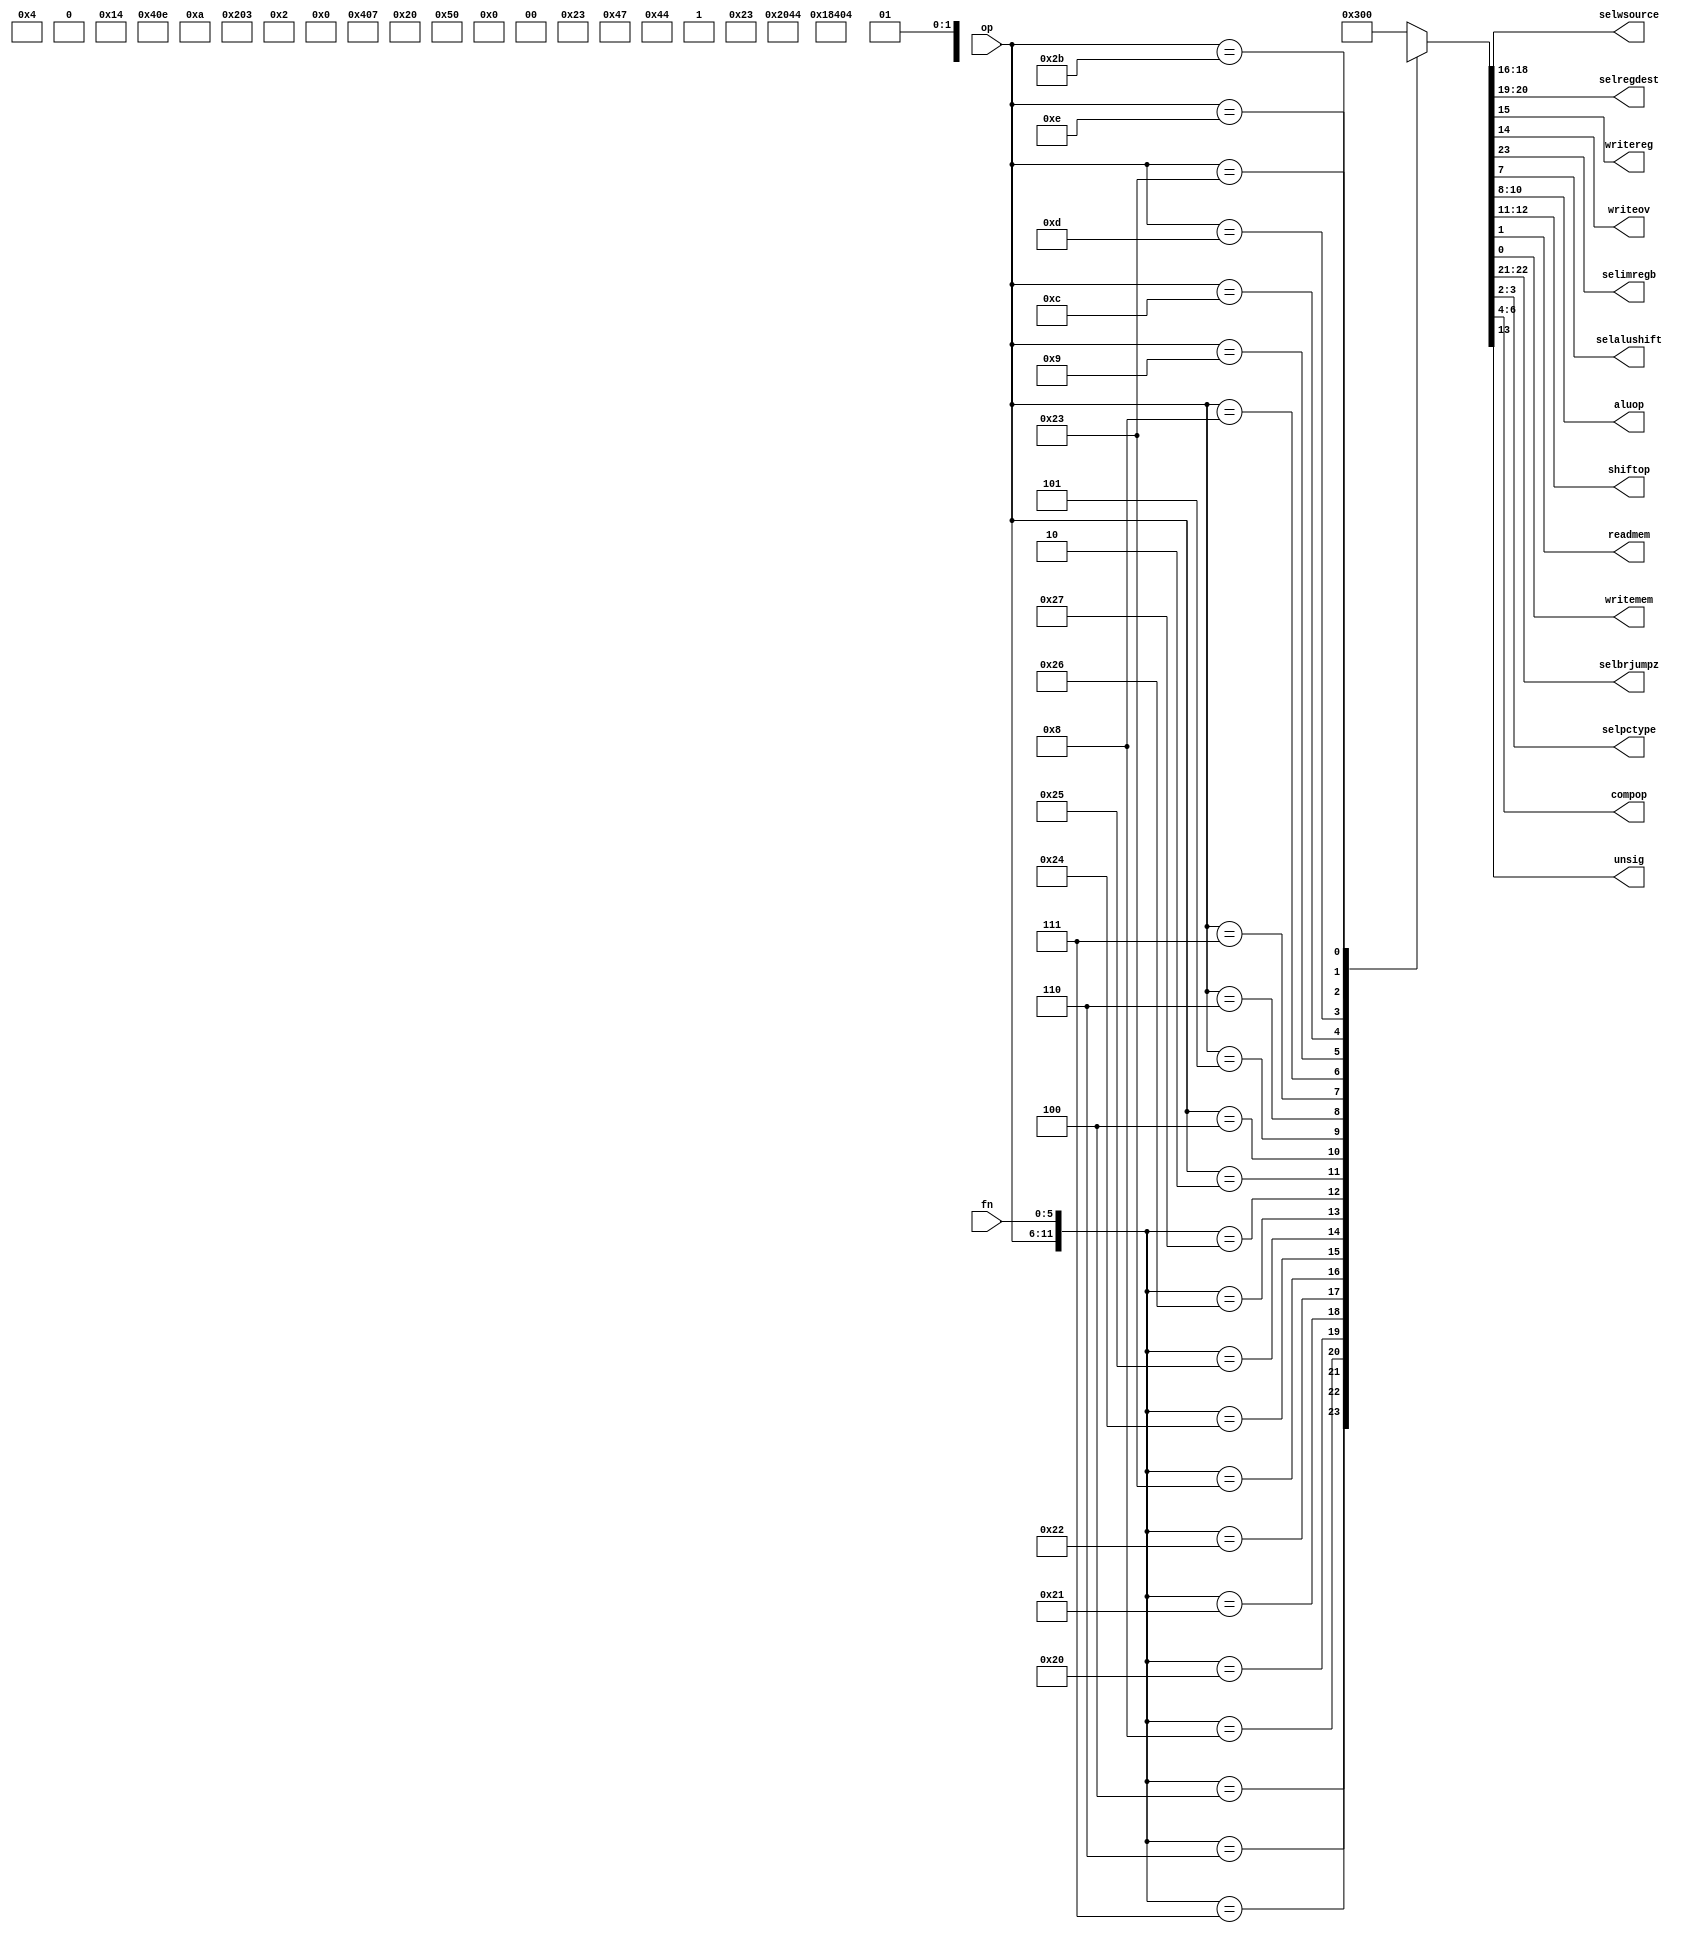
/**
*Organizao de Computadores II - UFMG 2014/1
*Grupo 4 - {Junio Cezar, Gabriel Miranda, Rafael Almeida, Leandro Noman, Pedro Thomas}
*MIPS Pipeline - Simplificado
*/

module Control (
	input   [5:0]  op,
	input   [5:0]  fn,
	output  [2:0]  selwsource,
	output  [1:0]  selregdest,
	output  writereg,
	output  writeov,
	output  selimregb,
	output  selalushift,
	output  [2:0]  aluop,
	output  [1:0]  shiftop,
	output  readmem,
	output  writemem,
	output  [1:0]  selbrjumpz,
	output  [1:0]  selpctype, //seltipopc
	output  [2:0]  compop,
	output  unsig
);
	
	//Registradores Auxiliares para concatenacao dos sinais
	reg [11:0] entrada;
	reg [23:0] saida;

	//Atrelacao dos sinais de saida
	assign	writemem = saida[0];
	assign	readmem = saida[1];
	assign	selpctype = saida[3:2];
	assign	compop = saida[6:4];
	assign	selalushift = saida[7];
	assign	aluop = saida[10:8];
	assign	shiftop = saida[12:11];
	assign	unsig = saida[13];
	assign	writeov = saida[14];
	assign	writereg = saida[15];
	assign	selwsource = saida[18:16];
	assign	selregdest = saida[20:19];
	assign	selbrjumpz = saida[22:21];
	assign	selimregb = saida[23];
 

	always@(op or fn) begin 

		
		entrada = {op,fn}; //Concatenacao dos valores de entrada

		casex(entrada)
			12'b000000000100 : saida = 24'b0000100011x10xxx1xxxxx00; //SLLV
			12'b000000000110 : saida = 24'b0000100011x00xxx1xxxxx00; //SRLV
			12'b000000000111 : saida = 24'b0000100011x01xxx1xxxxx00; //SRAV
			12'b000000001000 : saida = 24'bx01xxxxx0xxxxxxxxxxx0100; //JR
			12'b000000100000 : saida = 24'b00001000100xx0100xxxxx00; //ADD
			12'b000000100001 : saida = 24'b00001000111xx0100xxxxx00; //ADDU
			12'b000000100010 : saida = 24'b00001000100xx1100xxxxx00; //SUB
			12'b000000100011 : saida = 24'b00001000111xx1100xxxxx00; //SUBU
			12'b000000100100 : saida = 24'b0000100011xxx0000xxxxx00; //AND
			12'b000000100101 : saida = 24'b0000100011xxx0010xxxxx00; //OR
			12'b000000100110 : saida = 24'b0000100011xxx1010xxxxx00; //XOR
			12'b000000100111 : saida = 24'b0000100011xxx1000xxxxx00; //NOR
			12'b000010xxxxxx : saida = 24'bx01xxxxx0xxxxxxxxxxx1000; //J
			12'b000100xxxxxx : saida = 24'bx10xxxxx0x0xxxxxx0000000; //BEQ
			12'b000101xxxxxx : saida = 24'bx10xxxxx0x0xxxxxx1010000; //BNE
			12'b000110xxxxxx : saida = 24'bx10xxxxx0x0xxxxxx0100000; //BLEZ
			12'b000111xxxxxx : saida = 24'bx10xxxxx0x0xxxxxx0110000; //BGTZ
			12'b001000xxxxxx : saida = 24'b10000000100xx0100xxxxx00; //ADDI
			12'b001001xxxxxx : saida = 24'b10000000111xx0100xxxxx00; //ADDIU
			12'b001100xxxxxx : saida = 24'b1000000011xxx0000xxxxx00; //ANDI
			12'b001101xxxxxx : saida = 24'b1000000011xxx0010xxxxx00; //ORI
			12'b001110xxxxxx : saida = 24'b1000000011xxx1010xxxxx00; //XORI
			12'b100011xxxxxx : saida = 24'b10000001110xx0100xxxxx10; //LW
			12'b101011xxxxxx : saida = 24'b100xxxxx0x0xx0100xxxxx01; //SW
			default : saida = 24'b000000000000001100000000; //Bloqueio geral para opcodes invalidos//o 11  pq ALUOP 11 = 3 no exite, e o 00 existe e  AND, logo o bloquei no seria 100% eficiente com 00
		endcase

	end
endmodule